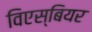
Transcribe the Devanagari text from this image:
विएस्बियर